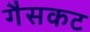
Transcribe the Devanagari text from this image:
गैसकट